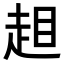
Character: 𧻃